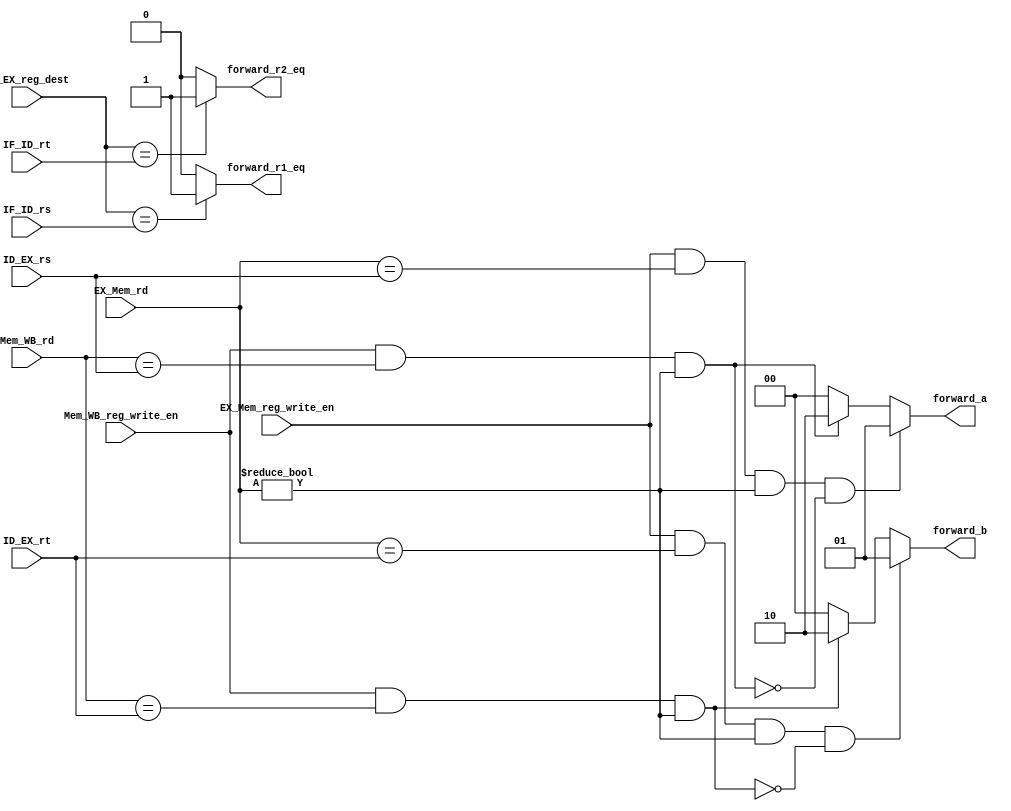
module ForwardingUnit (
    EX_Mem_rd,
    EX_Mem_reg_write_en,
    Mem_WB_reg_write_en,
    ID_EX_rs,
    ID_EX_rt,
    ID_EX_reg_dest,
    IF_ID_rs,
    IF_ID_rt,
    Mem_WB_rd,
    forward_a,
    forward_b,
    forward_r1_eq,
    forward_r2_eq
);

  input EX_Mem_reg_write_en, Mem_WB_reg_write_en;
  input [4:0] EX_Mem_rd, ID_EX_rs, ID_EX_rt, ID_EX_reg_dest, IF_ID_rs, IF_ID_rt, Mem_WB_rd;

  output reg [1:0] forward_a, forward_b;
  output reg forward_r1_eq, forward_r2_eq;

  wire second_forward_a, third_forward_a;
  wire second_forward_b, third_forward_b;

  assign second_forward_a = (Mem_WB_reg_write_en == 1) & (Mem_WB_rd == ID_EX_rs) & (EX_Mem_rd != 0);
  assign third_forward_a = (EX_Mem_reg_write_en == 1) & (EX_Mem_rd == ID_EX_rs) & (EX_Mem_rd != 0) & ~second_forward_a;

  assign second_forward_b = (Mem_WB_reg_write_en == 1) & (Mem_WB_rd == ID_EX_rt) & (EX_Mem_rd != 0);
  assign third_forward_b = (EX_Mem_reg_write_en == 1) & (EX_Mem_rd == ID_EX_rt) & (EX_Mem_rd != 0) & ~second_forward_b;

  always @(EX_Mem_reg_write_en,
            Mem_WB_reg_write_en,
            EX_Mem_rd, ID_EX_rs,
            ID_EX_rt,
            ID_EX_reg_dest,
            IF_ID_rs,
            IF_ID_rt,
            Mem_WB_rd) begin

    forward_a = 2'd0;
    forward_b = 2'd0;
    forward_r1_eq = 1'b0;
    forward_r2_eq = 1'b0;

    if (third_forward_a) forward_a = 2'd1;
    else if (second_forward_a) forward_a = 2'd2;

    if (third_forward_b) forward_b = 2'd1;
    else if (second_forward_b) forward_b = 2'd2;

    if (ID_EX_reg_dest == IF_ID_rs) forward_r1_eq = 1'b1;
    if (ID_EX_reg_dest == IF_ID_rt) forward_r2_eq = 1'b1;

  end

endmodule